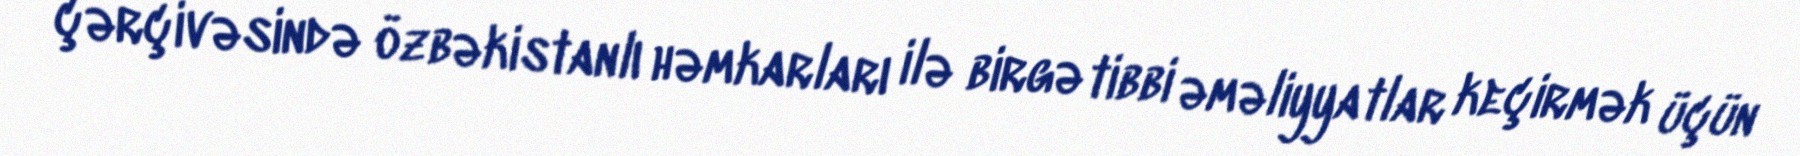
çərçivəsində özbəkistanlı həmkarları ilə birgə tibbi əməliyyatlar keçirmək üçün